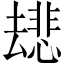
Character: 𫨯